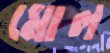
মোল